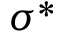
\sigma ^ { * }